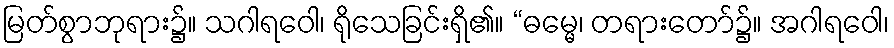
မြတ်စွာဘုရား၌။ သဂါရဝေါ၊ ရိုသေခြင်းရှိ၏။ “ဓမ္မေ၊ တရားတော်၌။ အဂါရဝေါ၊